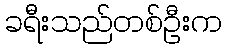
ခရီးသည်တစ်ဦးက